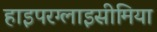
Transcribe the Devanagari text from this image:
हाइपरग्लाइसीमिया